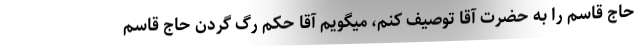
حاج قاسم را به حضرت آقا توصیف کنم، میگویم آقا حکم رگ گردن حاج قاسم